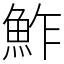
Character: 鮓